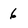
Character: 6